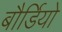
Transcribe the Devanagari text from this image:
बौर्डियो